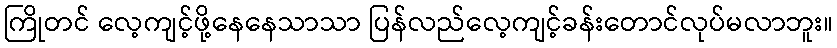
ကြိုတင် လေ့ကျင့်ဖို့နေနေသာသာ ပြန်လည်လေ့ကျင့်ခန်းတောင်လုပ်မလာဘူး။